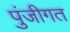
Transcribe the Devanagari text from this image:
पुंजीगत